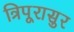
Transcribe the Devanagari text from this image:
त्रिपूरासुर